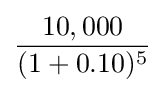
{\frac {10,000}{(1+0.10)^{5}}}